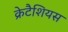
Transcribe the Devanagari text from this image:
क्रेटैशियस